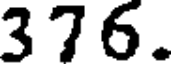
376.